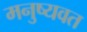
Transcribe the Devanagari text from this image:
मनुष्यवत